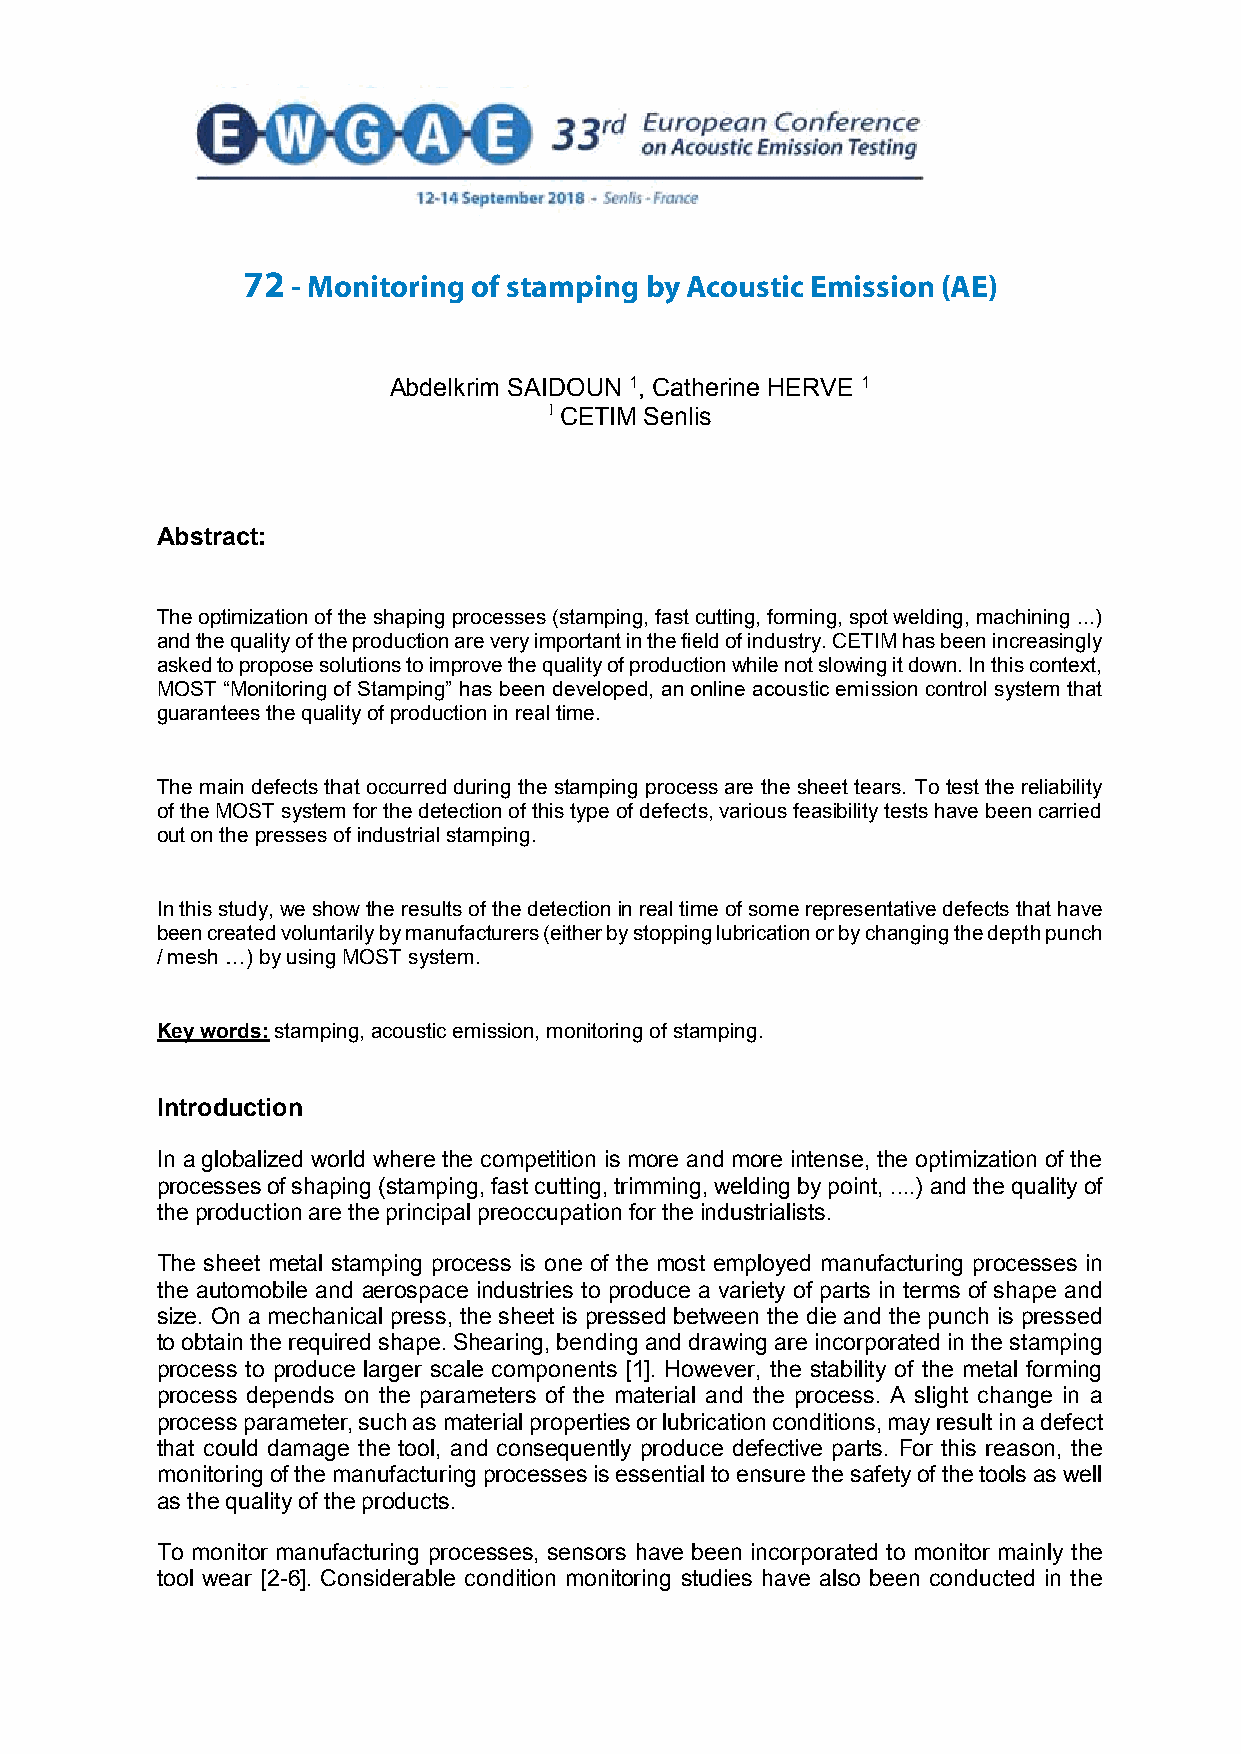
72 - Monitoring of stamping by Acoustic Emission (AE)
 MONITORING   OF  STAMPING  BY  ACOUSTIC  EMISSION  (AE)
 Abdelkrim SAIDOUN 1, Catherine HERVE 1
 1 CETIM Senlis
 Abstract:
 The optimization of the shaping processes (stamping, fast cutting, forming, spot welding, machining ...)
 and the quality of the production are very important in the field of industry. CETIM has been increasingly
 asked to propose solutions to improve the quality of production while not slowing it down. In this context,
 MOST “Monitoring of Stamping” has been developed, an online acoustic emission control system that
 guarantees the quality of production in real time.
 The main defects that occurred during the stamping process are the sheet tears. To test the reliability
 of the MOST system for the detection of this type of defects, various feasibility tests have been carried
 out on the presses of industrial stamping.
 In this study, we show the results of the detection in real time of some representative defects that have
 been created voluntarily by manufacturers (either by stopping lubrication or by changing the depth punch
 / mesh …) by using MOST system.
 Key words: stamping, acoustic emission, monitoring of stamping.
 Introduction
 In a globalized world where the competition is more and more intense, the optimization of the
 processes of shaping (stamping, fast cutting, trimming, welding by point, ....) and the quality of
 the production are the principal preoccupation for the industrialists.
 The sheet metal stamping process is one of the most employed manufacturing processes in
 the automobile and aerospace industries to produce a variety of parts in terms of shape and
 size. On a mechanical press, the sheet is pressed between the die and the punch is pressed
 to obtain the required shape. Shearing, bending and drawing are incorporated in the stamping
 process to produce larger scale components [1]. However, the stability of the metal forming
 process depends on the parameters of the material and the process. A slight change in a
 process parameter, such as material properties or lubrication conditions, may result in a defect
 that could damage the tool, and consequently produce defective parts. For this reason, the
 monitoring of the manufacturing processes is essential to ensure the safety of the tools as well
 as the quality of the products.
 To monitor manufacturing processes, sensors have been incorporated to monitor mainly the
 tool wear [2-6]. Considerable condition monitoring studies have also been conducted in the
 1